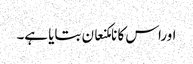
اوراس کا نامکنعان بتایا ہے۔